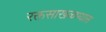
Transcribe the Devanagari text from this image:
रक्तसाखळण्यास